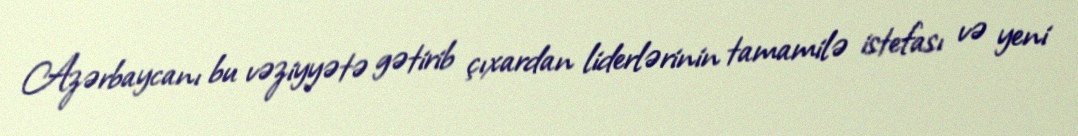
Azərbaycanı bu vəziyyətə gətirib çıxardan liderlərinin tamamilə istefası və yeni